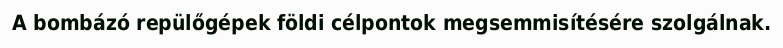
A bombázó repülőgépek földi célpontok megsemmisítésére szolgálnak.